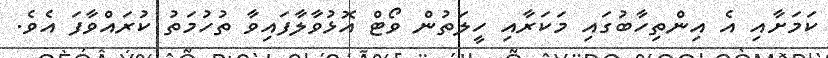
ކަމަށާއި އެ އިންތިހާބުގައި މަކަރާއި ހީލަތުން ވޯޓް އޮޅުވާލާފައިވާ ތުހުމަތު ކުރައްވާފަ އެވެ.